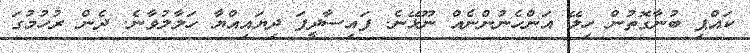
ކައްޕި ބުނާގޮތުން ހިލޭ އަންހެނުންނެއް ނޫޅޭނެ. ފައިސާދީފަ ދިޔައިއްޔާ ހަލާލުވާނެ. ދެން ރުހުމުގަ